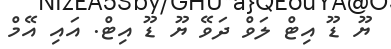
ޔޫ ޑޫ އިޓް ލަވް ދަވޭ ޔޫ ޑޫ އިޓް. އައި އޭމް